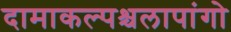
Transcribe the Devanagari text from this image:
दामाकल्पश्चलापांगो